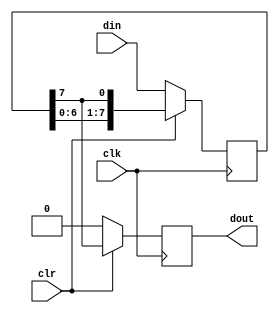
module xl_generate(clk,din,clr,dout);
input clk, clr;
output reg dout;
input [7:0]din;
reg [7:0]data;
always @(posedge clk)
	begin
	if(!clr)
		begin
			dout<=0;
			data<=din;//
		end
	else
		begin
			dout<=data[7];
			data<={data[6:0],data[7]};
		end
		end
endmodule